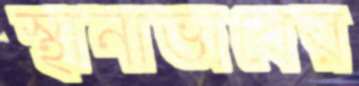
স্থানাভাবের